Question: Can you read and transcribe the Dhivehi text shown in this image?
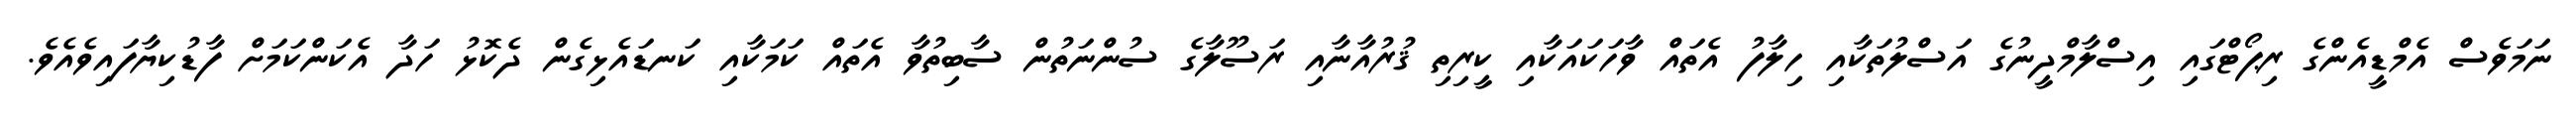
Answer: ނަމަވެސް އެމްޑީއެންގެ ރިޕޯޓްގައި އިސްލާމްދީނުގެ އަސްލުތަކާއި ހިލާފު އެތައް ވާހަކައަކާއި ކީރިތި ޤުރުއާނާއި ރަސޫލާގެ ސުންނަތުން ސާބިތުވާ އެތައް ކަމަކާއި ކަނޑައެޅިގެން ދެކޮޅު ހަދާ އެކަންކަމަށް ފާޑުކިޔާފައިވެއެވެ.